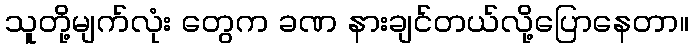
သူတို့မျက်လုံး တွေက ခဏ နားချင်တယ်လို့ပြောနေတာ။